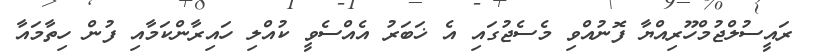
ރައީސުލްޖުމްހޫރިއްޔާ ފޮނުއްވި މެސެޖުގައި އެ ޚަބަރު އެއްސެވީ ކުއްލި ހައިރާންކަމާއި ފުން ހިތާމައާ